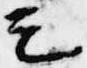
之